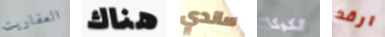
العفاريت هناك ساندي الكوكا ارقد